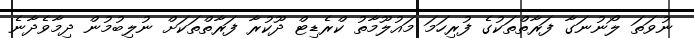
ނުވަތަ ލޯނުނަގާ ފަރާތްތަކުގެ ފުރިހަމަ މައުލޫމާތު ކްރެޑިޓް ދޫކުރާ ފަރާތްތަކަށް ނުލިބުމުން ދިމާވެދާނެ